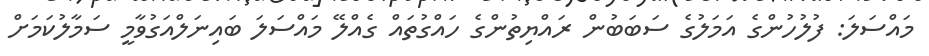
މައްސަލަ: ފުލުހުންގެ އަމަލުގެ ސަބަބުން ރައްޔިތުންގެ ހައްގުތައް ގެއްލޭ މައްސަލަ ބައިނަލްއަގުވާމީ ސަމާލުކަމަށް